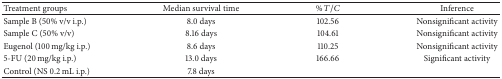
| Treatment groups | Median survival time | % T/C | Inference |
 | --- | --- | --- | --- |
 | Sample B (50% v/v i.p.) | 8.0 days | 102.56 | Nonsignificant activity |
 | Sample C (50% v/v) | 8.16 days | 104.61 | Nonsignificant activity |
 | Eugenol (100 mg/kg i.p.) | 8.6 days | 110.25 | Nonsignificant activity |
 | 5-FU (20 mg/kg i.p.) | 13.0 days | 166.66 | Significant activity |
 | Control (NS 0.2 mL i.p.) | 7.8 days |  |  |